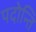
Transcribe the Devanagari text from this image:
पदोन्ति